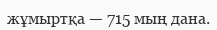
жұмыртқа — 715 мың дана.